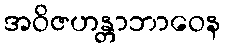
အဝိဇဟန္တာဘာဝေန